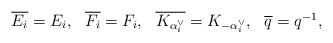
LaTeX: \begin{align*}\begin{array}{llll}\overline{E_i}=E_i,& \overline{F_i}=F_i,& \overline{K_{\alpha_i^{\vee}}}=K_{-\alpha_i^{\vee}},& \overline{q}=q^{-1},\end{array}\end{align*}